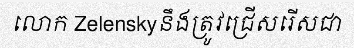
លោក Zelenskyនឹងត្រូវជ្រើសរើសជា